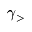
\gamma _ { > }